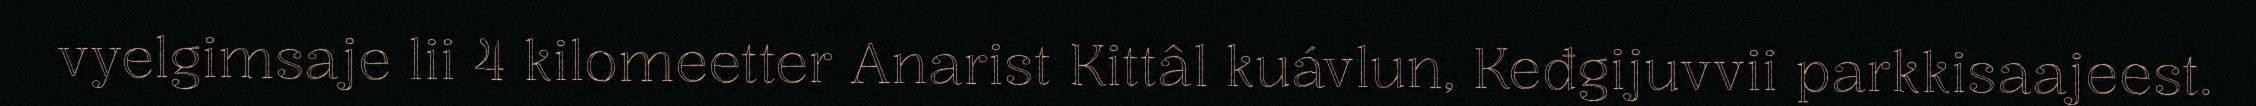
vyelgimsaje lii 4 kilomeetter Anarist Kittâl kuávlun, Keđgijuvvii parkkisaajeest.